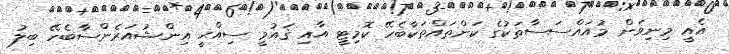
އެއީ މިނިވަން މުއައްސަސާތަކުގެ ކަންތައްތަކާބެހޭ ކޮމިޓީ އާއި ޤައުމީ ސިއްޙީ އިންޝުއަރެންސާބެހޭ ބިލު